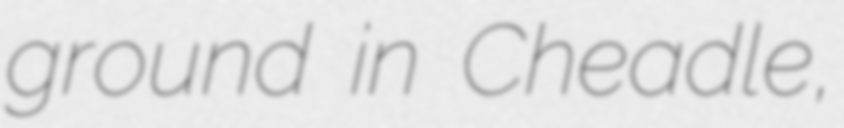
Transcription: ground in Cheadle,